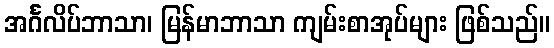
အင်္ဂလိပ်ဘာသာ၊ မြန်မာဘာသာ ကျမ်းစာအုပ်များ ဖြစ်သည်။